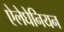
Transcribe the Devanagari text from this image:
ऐलेघेनियन